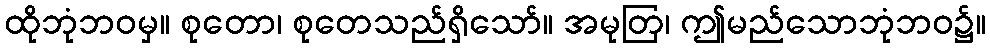
ထိုဘုံဘဝမှ။ စုတော၊ စုတေသည်ရှိသော်။ အမုတြ၊ ဤမည်သောဘုံဘဝ၌။